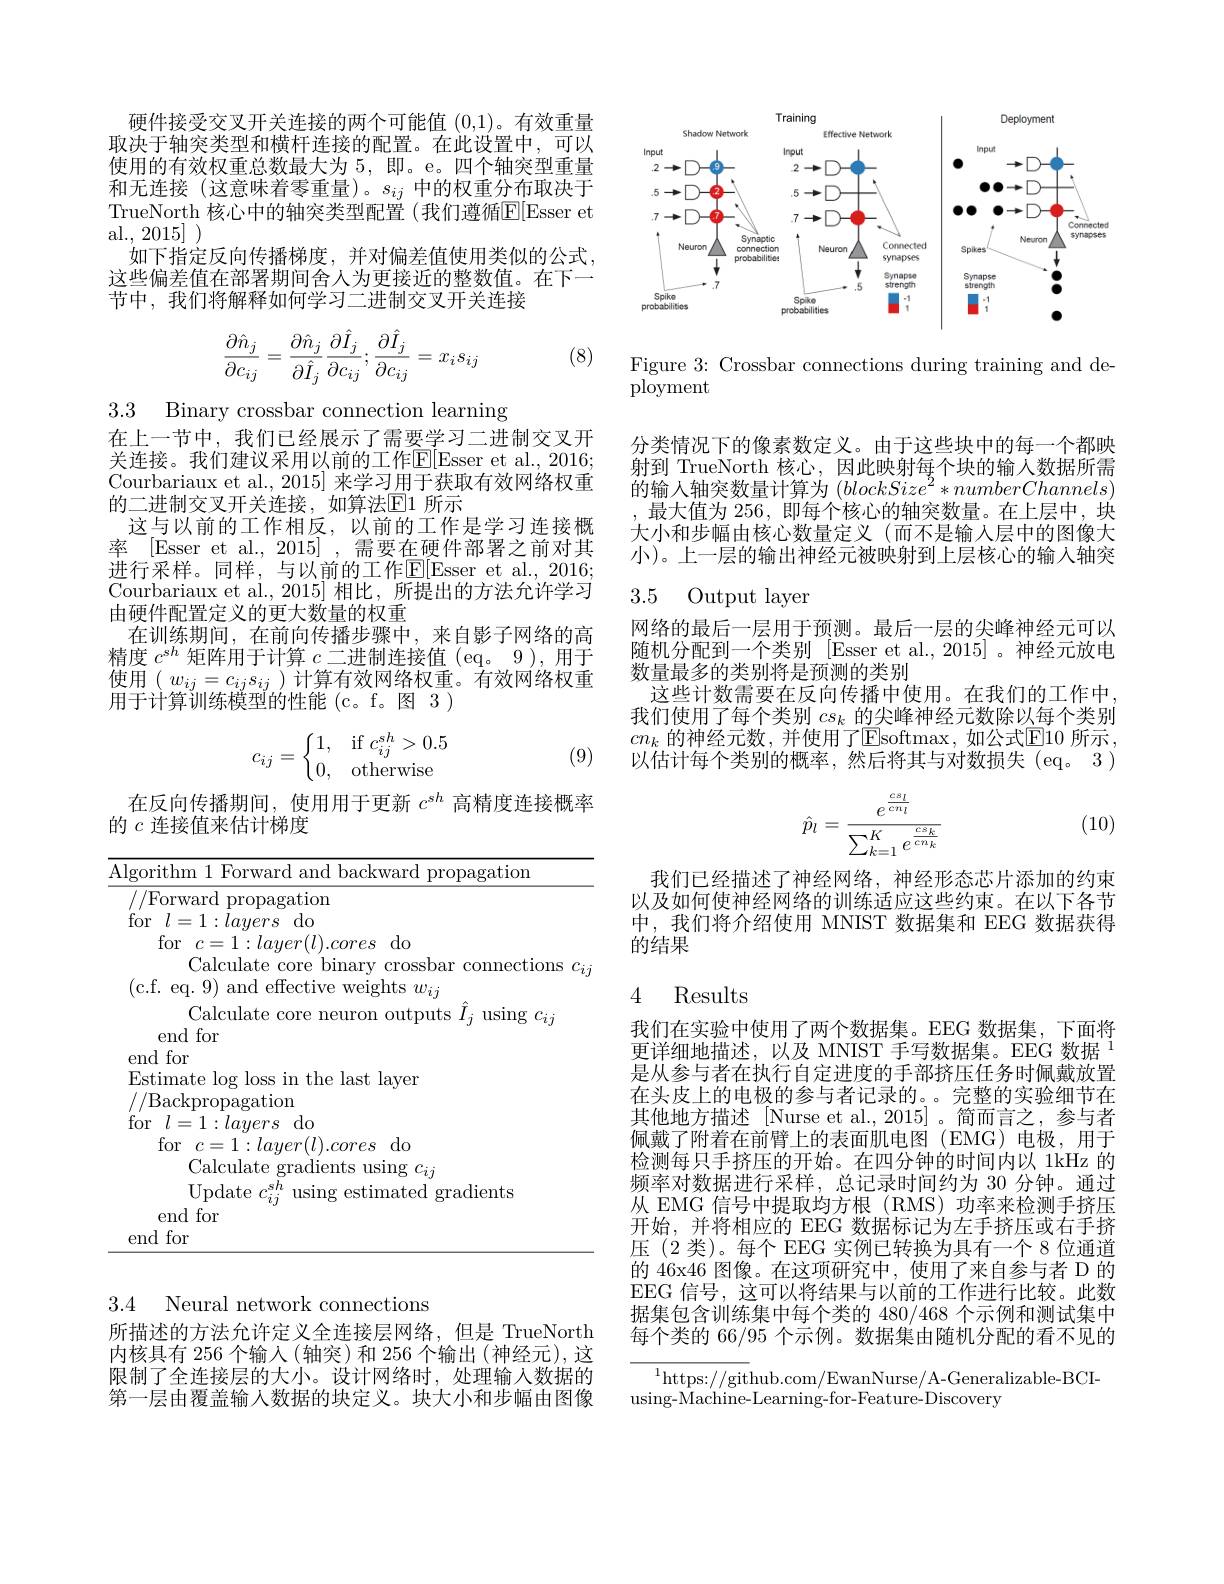
硬件接受交叉开关连接的两个可能值(0,1)。有效重量取决于轴突类型和横杆连接的配置。在此设置中，可以使用的有效权重总数最大为 5, 即。e。四个轴突型重量和无连接(这意味着零重量)。$s_ij$中的权重分布取决于TrueNorth 核心中的轴突类型配置(我们遵循$\mathbb{E}[$Esser et al., 2015] )
如下指定反向传播梯度，并对偏差值使用类似的公式这些偏差值在部署期间舍人为更接近的整数值。在下一节中，我们将解释如何学习二进制交叉开关连接
$$\begin{aligned}\frac{\partial\hat{n}_j}{\partial c_{ij}}=\frac{\partial\hat{n}_j}{\partial\hat{I}_j}\frac{\partial\hat{I}_j}{\partial c_{ij}};\frac{\partial\hat{I}_j}{\partial c_{ij}}=x_is_{ij}\end{aligned}$$
(8)

3.3 Binary crossbar connection learning

在上一节中，我们已经展示了需要学习二进制交叉开关连接。我们建议采用以前的工作$\boxed{\mathrm{E}}[$Esser et al., 2016; Courbariaux et al., 2015] 来学习用于获取有效网络权重的二进制交叉开关连接，如算法$\overline{\mathrm{E}}$1 所示
这与以前的工作相反，以前的工作是学习连接概率 [Esser et al., 2015] , 需要在硬件部署之前对其进行采样。同样，与以前的工作E[ Esser et al. , 2016; Courbariaux et al.,2015] 相比，所提出的方法允许学习由硬件配置定义的更大数量的权重
在训练期间，在前向传播步骤中，来自影子网络的高精度$c^{sh}$矩阵用于计算$c$二进制连接值 (eq。9),用于使用$(w_{ij}=c_{ij}s_{ij})$计算有效网络权重。有效网络权重用于计算训练模型的性能 (c。f。图 3)
$$c_{ij}=\left\{\begin{matrix}1,&\text{if}c_{ij}^{sh}>0.5\\0,&\text{otherwise}\end{matrix}\right.$$
(9)

在反向传播期间，使用用于更新$c^{sh}$高精度连接概率
的$c$连接值来估计梯度

<table>
	<tbody>
		<tr>
			<td>lgorithm 1 Forward and backward propagatiom</td>
			<td>$\overline{\lg}$ </td>
		</tr>
		<tr>
			<td>//Forward propagation for$l=1:layers$do for$c=1:layer(l).cores$ $d_{0}$ Calculate core binary crossbar connectid (c.f. eq. 9) and effective weights $w_ij$</td>
			<td>$fc$</td>
		</tr>
	</tbody>
</table>

3.4 Neural network connections

所描述的方法允许定义全连接层网络，但是 TrueNorth 内核具有 256 个输入(轴突)和 256 个输出(神经元),这限制了全连接层的大小。设计网络时，处理输入数据的第一层由覆盖输人数据的块定义。块大小和步幅由图像

<FigureHere>

Figure 3: Crossbar connections during training and de-
ployment

分类情况下的像素数定义。由于这些块中的每一个都映射到 TrueNorth 核心，因此映射每个块的输入数据所需的输入轴突数量计算为$(blockSize^2*numberChannels)$ ,最大值为 256, 即每个核心的轴突数量。在上层中，块大小和步幅由核心数量定义(而不是输入层中的图像大小)。上一层的输出神经元被映射到上层核心的输入轴突

### 3.5 Output layer

网络的最后一层用于预测。最后一层的尖峰神经元可以随机分配到一个类别 [Esser et al.,2015]。神经元放电数量最多的类别将是预测的类别
这些计数需要在反向传播中使用。在我们的工作中我们使用了每个类别$cs_k$的尖峰神经元数除以每个类别$cn_k$ 的神经元数，并使用了$\overline\text{Esoftmax,如公式}\boxed{\mathrm{E}}$10 所示， 以估计每个类别的概率，然后将其与对数损失(eq。3)
$$\hat{p}_l=\frac{e^{\frac{cs_l}{cn_l}}}{\sum_{k=1}^Ke^{\frac{cs_k}{cn_k}}}$$
(10)

我们已经描述了神经网络，神经形态芯片添加的约束以及如何使神经网络的训练适应这些约束。在以下各节中，我们将介绍使用 MNIST 数据集和 EEG 数据获得的结果

## 4 Results

我们在实验中使用了两个数据集。EEG 数据集，下面将更详细地描述，以及 MNIST 手写数据集。EEG 数据 1是从参与者在执行自定进度的手部挤压任务时佩戴放置在头皮上的电极的参与者记录的。。完整的实验细节在其他地方描述 [Nurse et al., 2015]。简而言之，参与者佩戴了附着在前臂上的表面肌电图(EMG)电极，用于检测每只手挤压的开始。在四分钟的时间内以 1kHz 的频率对数据进行采样，总记录时间约为 30 分钟。通过从 EMG 信号中提取均方根 (RMS)功率来检测手挤压开始，并将相应的 EEG 数据标记为左手挤压或右手挤压 (2 类)。每个 EEG 实例已转换为具有一个 8 位通道的 46x46 图像。在这项研究中，使用了来自参与者 D 的EEG 信号，这可以将结果与以前的工作进行比较。此数据集包含训练集中每个类的 480/468 个示例和测试集中每个类的 66/95 个示例。数据集由随机分配的看不见的

$^{1}$https://github.com/EwanNurse/A-Generalizable-BCI-
using-Machine-Learning-for-Feature-Discovery